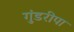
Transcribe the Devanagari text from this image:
गुंडरीपा